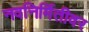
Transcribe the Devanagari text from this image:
नवनिर्मितीवर